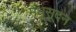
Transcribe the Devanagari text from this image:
मधूसूदन